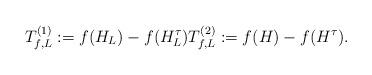
LaTeX: \begin{align*} T_{f,L}^{(1)} := f(H_{L}) - f(H_{L}^{\tau}) T_{f,L}^{(2)} := f(H) - f(H^{\tau}).\end{align*}